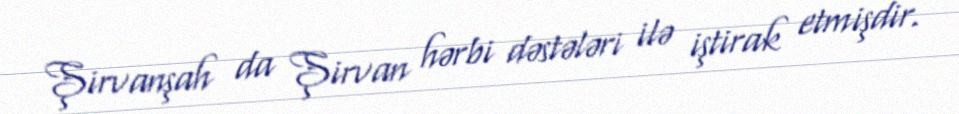
Şirvanşah da Şirvan hərbi dəstələri ilə iştirak etmişdir.